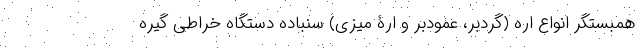
همبستگر انواع اره (گردبر، عمودبر و ارۀ میزی) سنباده دستگاه خراطی گیره